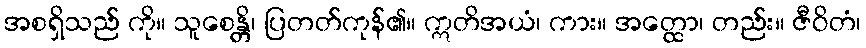
အစရှိသည် ကို။ သူစေန္တိ၊ ပြတတ်ကုန်၏။ ဣတိအယံ၊ ကား။ အတ္ထော၊ တည်း။ ဇီဝိတံ၊